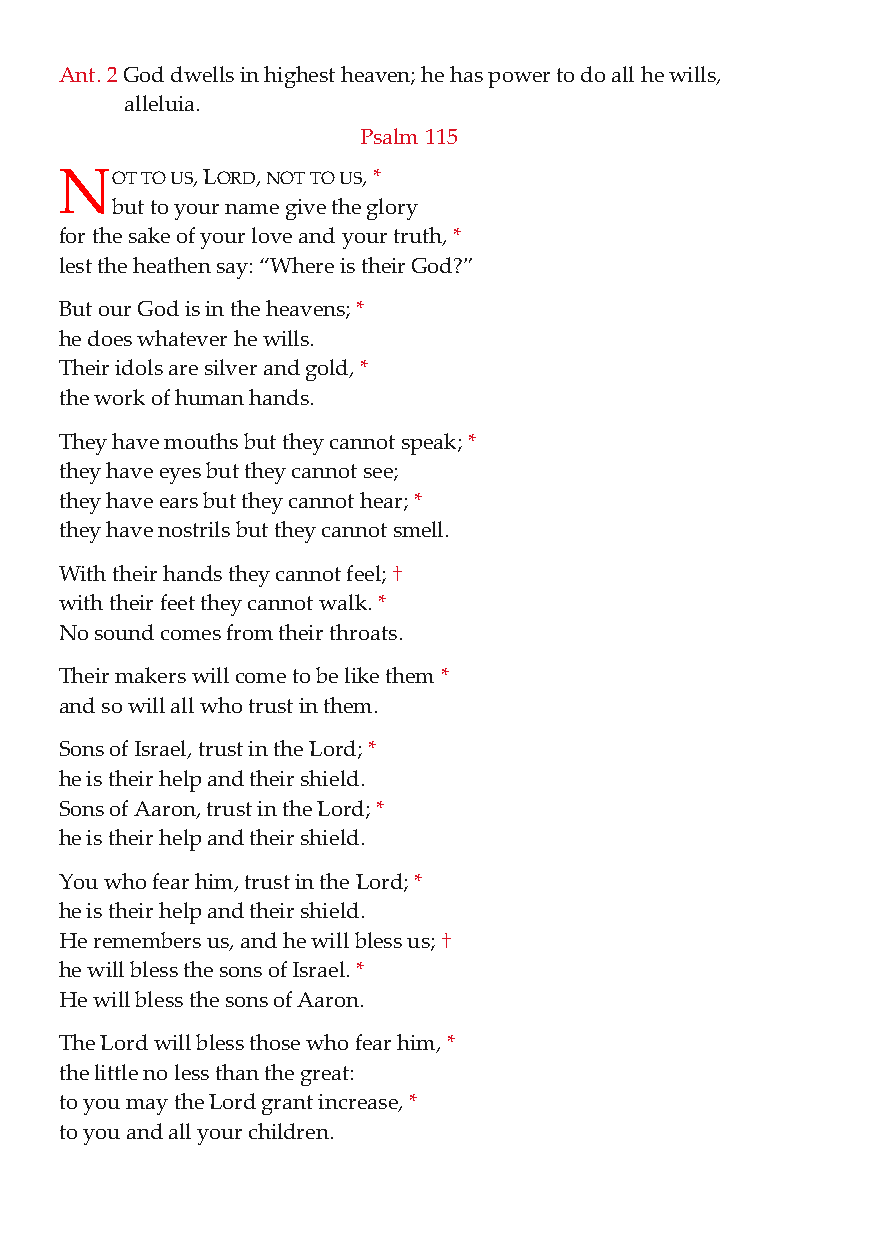
Ant. 2 God dwells in highest heaven; he has power to do all he wills,
 alleluia.
 Psalm 115
 N  OT TO US, LORD, NOT TO US, *
 but to your name give the glory
 for the sake of your love and your truth, *
 lest the heathen say: “Where is their God?”
 But our God is in the heavens; *
 he does whatever he wills.
 Their idols are silver and gold, *
 the work of human hands.
 They have mouths but they cannot speak; *
 they have eyes but they cannot see;
 they have ears but they cannot hear; *
 they have nostrils but they cannot smell.
 With their hands they cannot feel; †
 with their feet they cannot walk. *
 No sound comes from their throats.
 Their makers will come to be like them *
 and so will all who trust in them.
 Sons of Israel, trust in the Lord; *
 he is their help and their shield.
 Sons of Aaron, trust in the Lord; *
 he is their help and their shield.
 You who fear him, trust in the Lord; *
 he is their help and their shield.
 He remembers us, and he will bless us; †
 he will bless the sons of Israel. *
 He will bless the sons of Aaron.
 The Lord will bless those who fear him, *
 the little no less than the great:
 to you may the Lord grant increase, *
 to you and all your children.